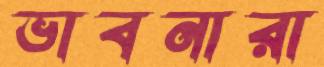
ভাবনারা